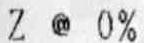
Z @ 0%